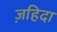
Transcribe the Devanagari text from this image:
ज़हिदा